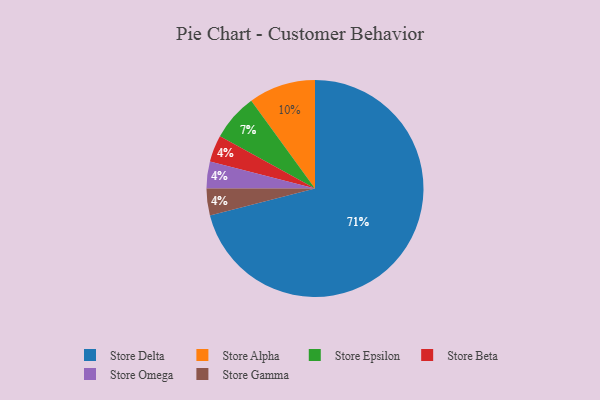
{"axis": {"x": "Category", "y": "Percentage"}, "legend": ["Store Alpha", "Store Beta", "Store Delta", "Store Epsilon", "Store Gamma", "Store Omega"], "data": [{"x": "Store Beta", "y": 4, "type": "Store Beta"}, {"x": "Store Omega", "y": 4, "type": "Store Omega"}, {"x": "Store Delta", "y": 71, "type": "Store Delta"}, {"x": "Store Epsilon", "y": 7, "type": "Store Epsilon"}, {"x": "Store Gamma", "y": 4, "type": "Store Gamma"}, {"x": "Store Alpha", "y": 10, "type": "Store Alpha"}]}